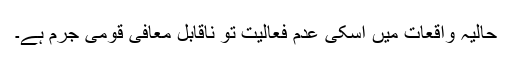
حالیہ واقعات میں اسکی عدم فعالیت تو ناقابل معافی قومی جرم ہے۔